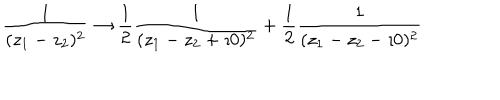
\frac { 1 } { ( z _ { 1 } - z _ { 2 } ) ^ { 2 } } \rightarrow \frac { 1 } { 2 } \frac { 1 } { ( z _ { 1 } - z _ { 2 } + \imath 0 ) ^ { 2 } } + \frac { 1 } { 2 } \frac { 1 } { ( z _ { 1 } - z _ { 2 } - \imath 0 ) ^ { 2 } }